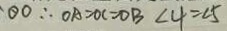
\theta O \therefore O A = O C = O B \angle 4 = \angle 5